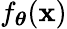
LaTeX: f_{\boldsymbol{\theta}}(\mathbf{x})